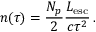
n ( \tau ) = \frac { N _ { p } } { 2 } \frac { L _ { \mathrm { e s c } } } { c \tau ^ { 2 } } \, .